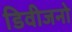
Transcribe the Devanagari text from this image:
डिवीजनो